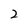
Character: 2